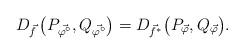
LaTeX: \begin{align*} D_{\vec f} \left(P_{\vec{ \varphi^\circ}}, Q_{\vec{ \varphi^\circ}}\right) = D_{\vec f^*} \big(P_{\vec\varphi}, Q_{\vec\varphi} \big) .\end{align*}